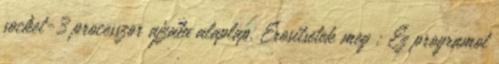
socket-3 processzor ajzatu alaplap. Erositsetek meg : Ez programot